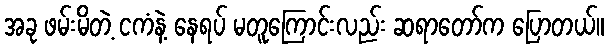
အခု ဖမ်းမိတဲ့ ငကံနဲ့ နေရပ် မတူကြောင်းလည်း ဆရာတော်က ပြောတယ်။